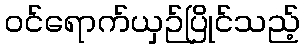
ဝင်ရောက်ယှဉ်ပြိုင်သည့်